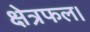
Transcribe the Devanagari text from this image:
क्षेत्रफल।